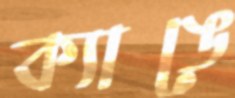
ক্যাঙে